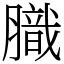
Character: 膱